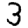
Digit: 3